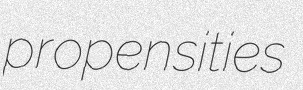
propensities